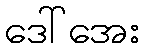
ဒေါ်အေး